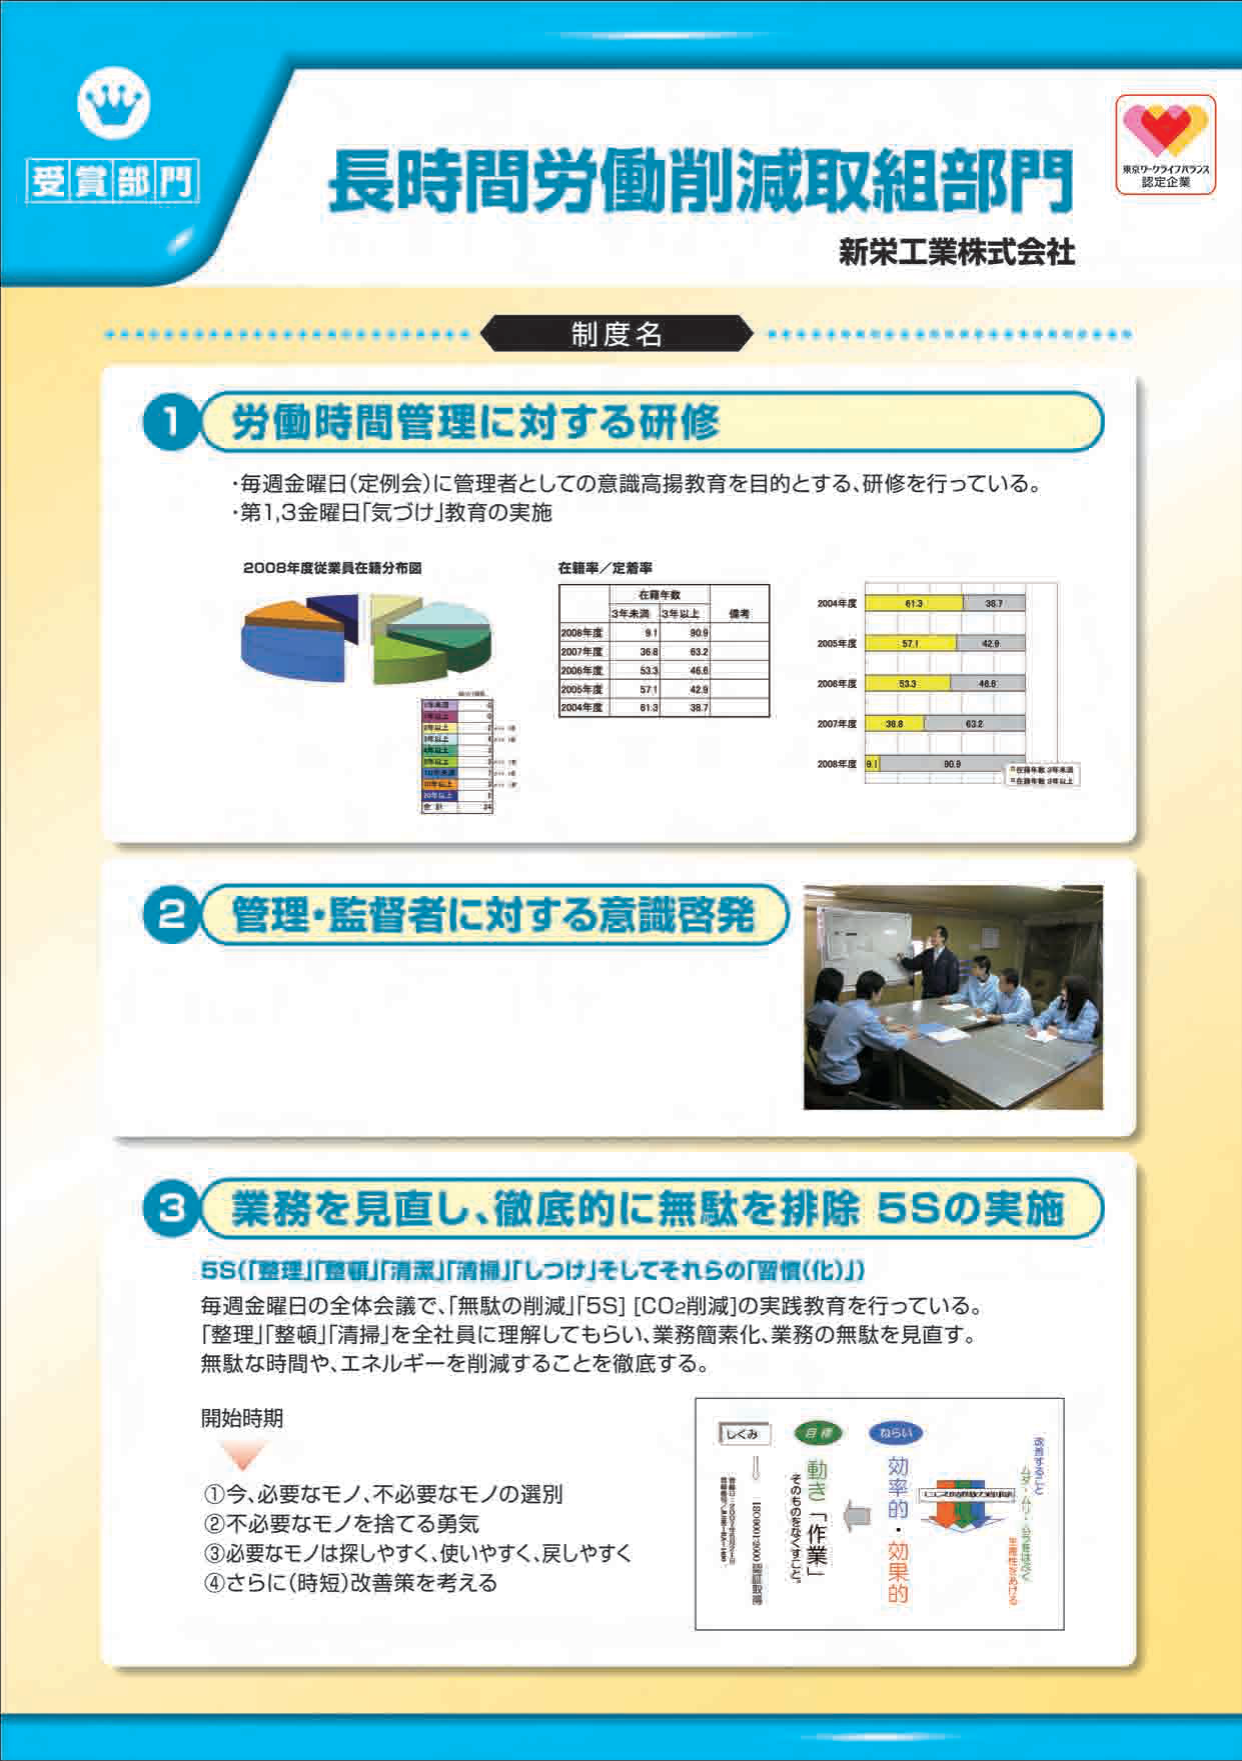
受賞部門
長時間労働削減取組部門
新栄工業株式会社
制度名

1 労働時間管理に対する研修
・毎週金曜日（定例会）に管理者としての意識高揚教育を目的とする、研修を行っている。
・第1,3金曜日「気づけ」教育の実施

2008年度従業員在籍分布図
（円グラフ：色分けされたセグメント、凡例は「1年未満」「1年以上」「3年未満」「3年以上」「5年未満」「5年以上」「10年未満」「10年以上」「20年未満」「20年以上」）

在籍率／定着率
在籍年数
3年未満　3年以上　備考
2008年度　9.1　90.9
2007年度　36.8　63.2
2006年度　53.3　46.8
2005年度　57.1　42.9
2004年度　61.3　38.7

（棒グラフ：2004年度～2008年度の在籍率／定着率、黄色：在籍率、グレー：定着率）
2004年度　61.3　38.7
2005年度　57.1　42.9
2006年度　53.3　46.8
2007年度　36.8　63.2
2008年度　9.1　90.9
※在籍年数：3年未満、定着率：3年以上

2 管理・監督者に対する意識啓発

3 業務を見直し、徹底的に無駄を排除 5Sの実施
5S（「整理」「整頓」「清掃」「清潔」「しつけ」そしてそれらの「習慣（化）」）
毎週金曜日の全体会議で、「無駄の削減」「5S」「CO₂削減」の実践教育を行っている。
「整理」「整頓」「清掃」を全社員に理解してもらい、業務簡素化、業務の無駄を見直す。
無駄な時間や、エネルギーを削減することを徹底する。

開始時期
①今、必要なモノ、不必要なモノの選別
②不必要なモノを捨てる勇気
③必要なモノは探しやすく、使いやすく、戻しやすく
④さらに（時短）改善策を考える

（図解：「しくみ」「月報」「ねらい」→「動き」「作業」→「効率的・効果的」の流れ）
「しくみ」：18:00～19:00 毎週金曜日
「月報」：業務改善の進捗状況
「ねらい」：無駄の削減、CO₂削減、効率化
「動き」「作業」：やるべきはなんだろう？
「効率的・効果的」：（図：赤、緑、青の3色のブロック）

東京ワークライフバランス
認定企業